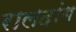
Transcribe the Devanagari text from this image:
रालदांग